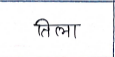
मजकूर: तिला